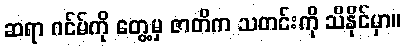
ဆရာ ဂင်မ်ကို တွေ့မှ ဇာတိက သတင်းကို သိနိုင်မှာ။